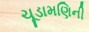
ચૂડામણિની